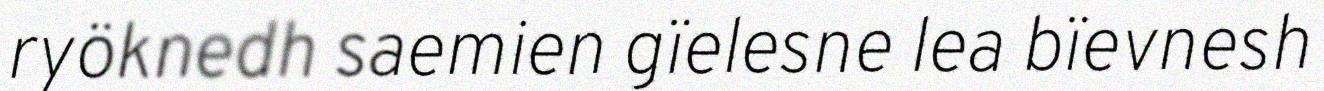
ryöknedh saemien gïelesne lea bïevnesh